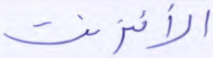
الانترنت